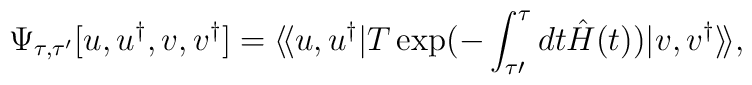
\Psi _{\tau ,\tau ^{\prime }}[u,u^{\dagger },{v},{v}^{\dagger }]=\langle\!\langle u,u^{\dagger }|T\exp (-\int ^{\tau }_{\tau \prime }dt\hat{H}(t))|{v},{v}^{\dagger }\rangle\!\rangle ,